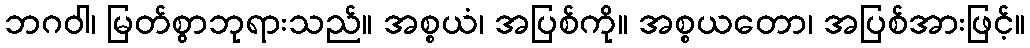
ဘဂဝါ၊ မြတ်စွာဘုရားသည်။ အစ္စယံ၊ အပြစ်ကို။ အစ္စယတော၊ အပြစ်အားဖြင့်။